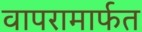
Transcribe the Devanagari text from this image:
वापरामार्फत